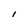
Character: l